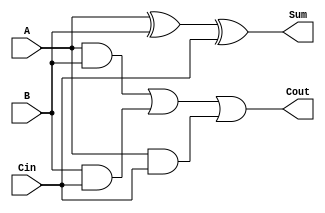
// Copyright  2020 Joel luo
// Examples for HDL with Verilog
//
// Permission is hereby granted, free of charge, to any person obtaining a copy
// of this software and associated documentation files (the Software), to deal
// in the Software without restriction, including without limitation the rights 
// to use, copy, modify, merge, publish, distribute, sublicense, and/or sell
// copies of the Software, and to permit persons to whom the Software is
// furnished to do so, subject to the following conditions:
//
// The above copyright notice and this permission notice shall be included in
// all copies or substantial portions of the Software.
//
// THE SOFTWARE IS PROVIDED AS IS, WITHOUT WARRANTY OF ANY KIND, EXPRESS OR
// IMPLIED, INCLUDING BUT NOT LIMITED TO THE WARRANTIES OF MERCHANTABILITY,
// FITNESS FOR A PARTICULAR PURPOSE AND NONINFRINGEMENT. IN NO EVENT SHALL THE
// AUTHORS OR COPYRIGHT HOLDERS BE LIABLE FOR ANY CLAIM, DAMAGES OR OTHER
// LIABILITY, WHETHER IN AN ACTION OF CONTRACT, TORT OR OTHERWISE, ARISING FROM,
// OUT OF OR IN CONNECTION WITH THE SOFTWARE OR THE USE OR OTHER DEALINGS IN THE
// SOFTWARE.

module Full_Adder(
    input       A, 
    input       B,
    input       Cin, 
    output      Sum, 
    output      Cout
);

    assign Sum = (A^B) ^ Cin ;
    assign Cout = ((A&B)|(B&Cin))|( A&Cin) ;

endmodule